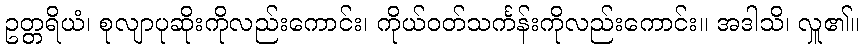
ဥတ္တရိယံ၊ စုလျာပုဆိုးကိုလည်းကောင်း၊ ကိုယ်ဝတ်သင်္ကန်းကိုလည်းကောင်း။ အဒါသိ၊ လှူ၏။